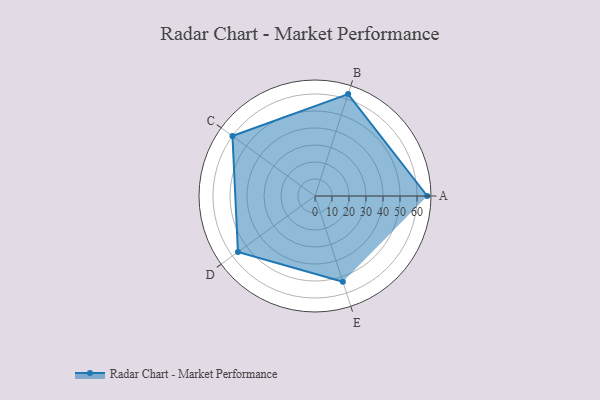
{"axis": {"x": "Skill", "y": "Score"}, "legend": ["Profile"], "data": [{"x": "A", "y": 66.0, "type": "Profile"}, {"x": "B", "y": 63.0, "type": "Profile"}, {"x": "C", "y": 60.0, "type": "Profile"}, {"x": "D", "y": 56.0, "type": "Profile"}, {"x": "E", "y": 53.0, "type": "Profile"}]}